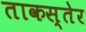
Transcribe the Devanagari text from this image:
ताकस्तेर